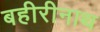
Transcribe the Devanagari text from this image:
बहीरीनाथ